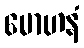
မောဟနံ